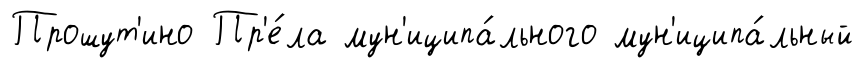
Прошут'ино Пр'е́ла мун'иципа́льного мун'иципа́льный